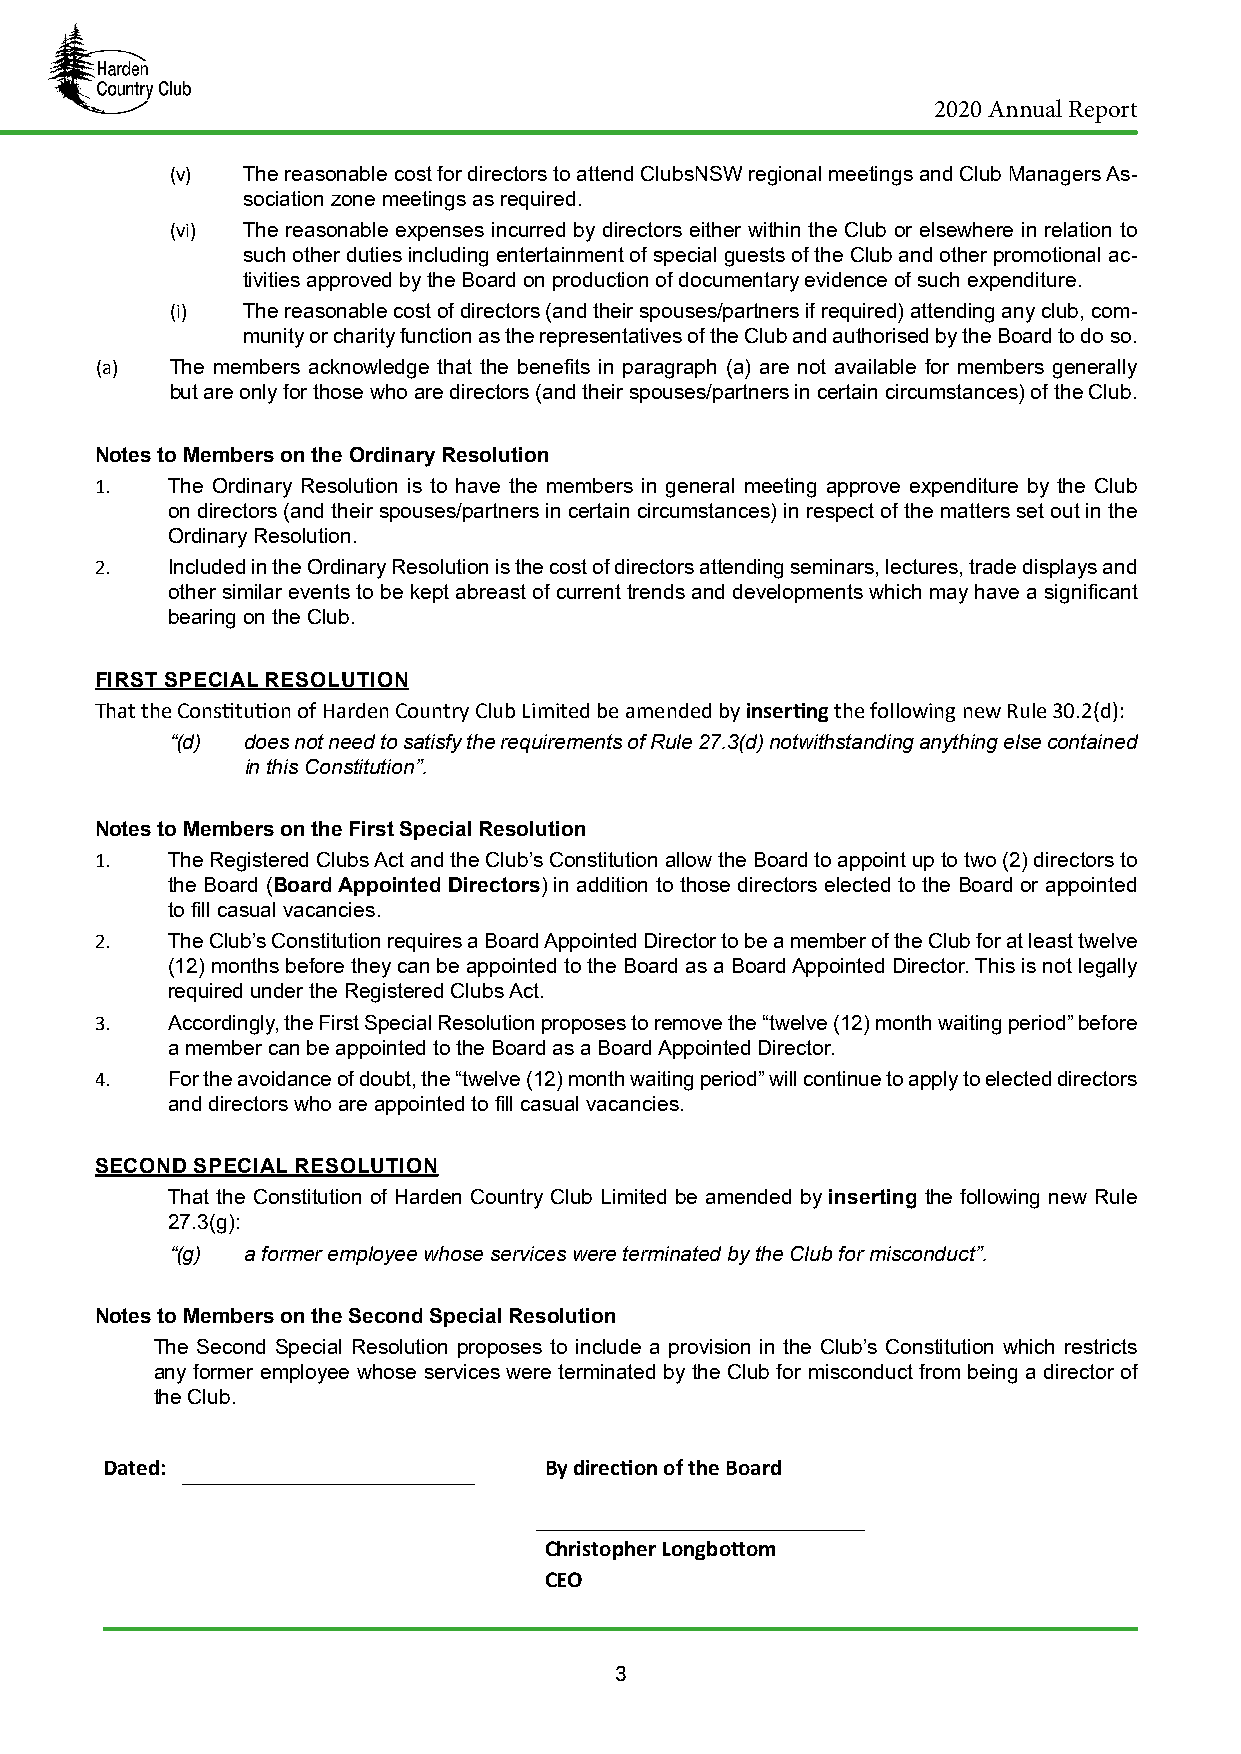
2020 Annual Report
 (v)  The reasonable cost for directors to attend ClubsNSW regional meetings and Club Managers As-
 sociation zone meetings as required.
 (vi) The reasonable expenses incurred by directors either within the Club or elsewhere in relation to
 such other duties including entertainment of special guests of the Club and other promotional ac-
 tivities approved by the Board on production of documentary evidence of such expenditure.
 (i)  The reasonable cost of directors (and their spouses/partners if required) attending any club, com-
 munity or charity function as the representatives of the Club and authorised by the Board to do so.
 (a)  The members acknowledge that the benefits in paragraph (a) are not available for members generally
 but are only for those who are directors (and their spouses/partners in certain circumstances) of the Club.
 Notes to Members on the Ordinary Resolution
 1.   The Ordinary Resolution is to have the members in general meeting approve expenditure by the Club
 on directors (and their spouses/partners in certain circumstances) in respect of the matters set out in the
 Ordinary Resolution.
 2.   Included in the Ordinary Resolution is the cost of directors attending seminars, lectures, trade displays and
 other similar events to be kept abreast of current trends and developments which may have a significant
 bearing on the Club.
 FIRST SPECIAL RESOLUTION
 That the Constitution of Harden Country Club Limited be amended by inserting the following new Rule 30.2(d):
 “(d) does not need to satisfy the requirements of Rule 27.3(d) notwithstanding anything else contained
 in this Constitution”.
 Notes to Members on the First Special Resolution
 1.   The Registered Clubs Act and the Club’s Constitution allow the Board to appoint up to two (2) directors to
 the Board (Board Appointed Directors) in addition to those directors elected to the Board or appointed
 to fill casual vacancies.
 2.   The Club’s Constitution requires a Board Appointed Director to be a member of the Club for at least twelve
 (12) months before they can be appointed to the Board as a Board Appointed Director. This is not legally
 required under the Registered Clubs Act.
 3.   Accordingly, the First Special Resolution proposes to remove the “twelve (12) month waiting period” before
 a member can be appointed to the Board as a Board Appointed Director.
 4.   For the avoidance of doubt, the “twelve (12) month waiting period” will continue to apply to elected directors
 and directors who are appointed to fill casual vacancies.
 SECOND SPECIAL RESOLUTION
 That the Constitution of Harden Country Club Limited be amended by inserting the following new Rule
 27.3(g):
 “(g) a former employee whose services were terminated by the Club for misconduct”.
 Notes to Members on the Second Special Resolution
 The Second Special Resolution proposes to include a provision in the Club’s Constitution which restricts
 any former employee whose services were terminated by the Club for misconduct from being a director of
 the Club.
 Dated:                       By direction of the Board
 Christopher Longbottom
 CEO
 3